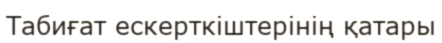
Табиғат ескерткіштерінің қатары